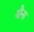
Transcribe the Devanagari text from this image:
यौना